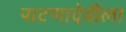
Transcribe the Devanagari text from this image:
पाटणादेवीला